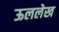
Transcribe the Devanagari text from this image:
ऊललेख